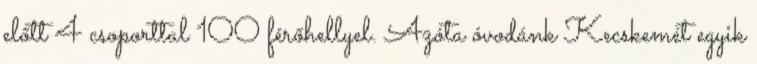
előtt 4 csoporttal 100 férőhellyel. Azóta óvodánk Kecskemét egyik